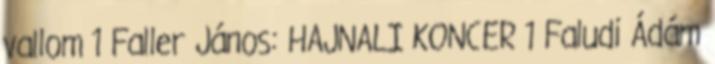
vallom 1 Faller János: HAJNALI KONCER 1 Faludi Ádám